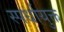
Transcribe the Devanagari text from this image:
स्पर्धायुक्त